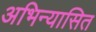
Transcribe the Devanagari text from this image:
अभिन्यासित